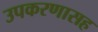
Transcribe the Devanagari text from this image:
उपकरणासह